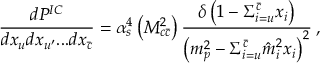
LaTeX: \frac { d P ^ { I C } } { d x _ { u } d x _ { u ^ { \prime } } . . . d x _ { \bar { c } } } = \alpha _ { s } ^ { 4 } \left( M _ { c \bar { c } } ^ { 2 } \right) \frac { \delta \left( 1 - \Sigma _ { i = u } ^ { \bar { c } } x _ { i } \right) } { \left( m _ { p } ^ { 2 } - \Sigma _ { i = u } ^ { \bar { c } } \hat { m } _ { i } ^ { 2 } x _ { i } \right) ^ { 2 } } \: ,